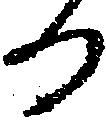
る